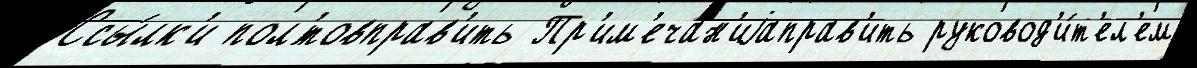
Ссы́лк'и пол'́товправ'ить Пр'им'ечан'иjаправ'ить руковод'и́т'ел'ем